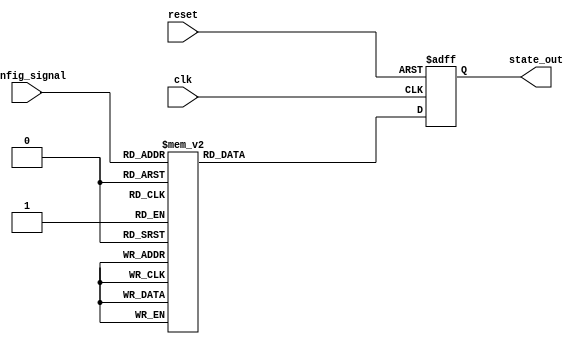
module ConfigurableInitialConditions (
    input wire [2:0] config_signal,  // Configuration signal (3-bit for 8 states)
    input wire reset,                 // Reset signal (active-high)
    input wire clk,                   // Clock signal
    output reg [7:0] state_out        // State outputs (8-bit)
);

// Internal state register
reg [7:0] state_reg;

// Default state definition
localparam DEFAULT_STATE = 8'b00000000;

// Predefined initial conditions
localparam STATE_0 = 8'b00000001;
localparam STATE_1 = 8'b00000010;
localparam STATE_2 = 8'b00000100;
localparam STATE_3 = 8'b00001000;
localparam STATE_4 = 8'b00010000;
localparam STATE_5 = 8'b00100000;
localparam STATE_6 = 8'b01000000;
localparam STATE_7 = 8'b10000000;

// Multiplexer logic to select initial condition based on config_signal
always @(*) begin
    case (config_signal)
        3'b000: state_reg = STATE_0;
        3'b001: state_reg = STATE_1;
        3'b010: state_reg = STATE_2;
        3'b011: state_reg = STATE_3;
        3'b100: state_reg = STATE_4;
        3'b101: state_reg = STATE_5;
        3'b110: state_reg = STATE_6;
        3'b111: state_reg = STATE_7;
        default: state_reg = DEFAULT_STATE; // Fallback to default state
    endcase
end

// State register update logic
always @(posedge clk or posedge reset) begin
    if (reset) begin
        state_out <= DEFAULT_STATE; // Load default state on reset
    end else begin
        state_out <= state_reg; // Update state output based on selected condition
    end
end

endmodule